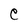
Character: C